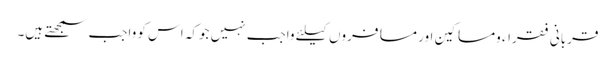
قربانی فقراء ومساکین اور مسافروں کیلئے واجب نہیں جوکہ اس کو واجب سمجھتے ہیں۔